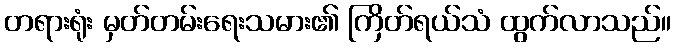
တရားရုံး မှတ်တမ်းရေးသမား၏ ကြိတ်ရယ်သံ ထွက်လာသည်။